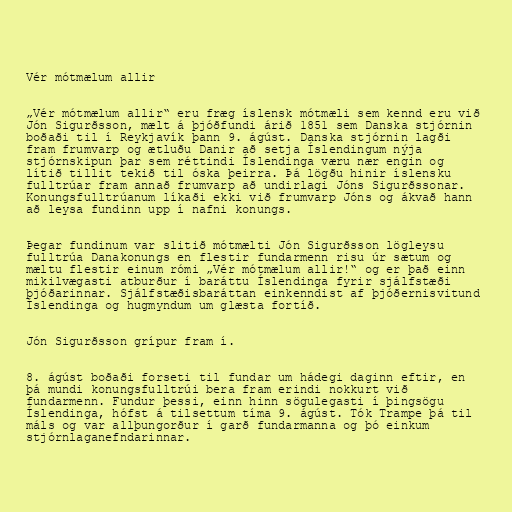
Vér mótmælum allir

„Vér mótmælum allir“ eru fræg íslensk mótmæli sem kennd eru við
Jón Sigurðsson, mælt á þjóðfundi árið 1851 sem Danska stjórnin
boðaði til í Reykjavík þann 9. ágúst. Danska stjórnin lagði
fram frumvarp og ætluðu Danir að setja Íslendingum nýja
stjórnskipun þar sem réttindi Íslendinga væru nær engin og
lítið tillit tekið til óska þeirra. Þá lögðu hinir íslensku
fulltrúar fram annað frumvarp að undirlagi Jóns Sigurðssonar.
Konungsfulltrúanum líkaði ekki við frumvarp Jóns og ákvað hann
að leysa fundinn upp í nafni konungs.

Þegar fundinum var slitið mótmælti Jón Sigurðsson lögleysu
fulltrúa Danakonungs en flestir fundarmenn risu úr sætum og
mæltu flestir einum rómi „Vér mótmælum allir!“ og er það einn
mikilvægasti atburður í baráttu Íslendinga fyrir sjálfstæði
þjóðarinnar. Sjálfstæðisbaráttan einkenndist af þjóðernisvitund
Íslendinga og hugmyndum um glæsta fortíð.

Jón Sigurðsson grípur fram í.

8. ágúst boðaði forseti til fundar um hádegi daginn eftir, en
þá mundi konungsfulltrúi bera fram erindi nokkurt við
fundarmenn. Fundur þessi, einn hinn sögulegasti í þingsögu
Íslendinga, hófst á tilsettum tíma 9. ágúst. Tók Trampe þá til
máls og var allþungorður í garð fundarmanna og þó einkum
stjórnlaganefndarinnar.